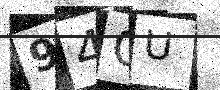
Text: 94OU